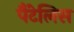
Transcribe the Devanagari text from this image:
पैंटेलिस